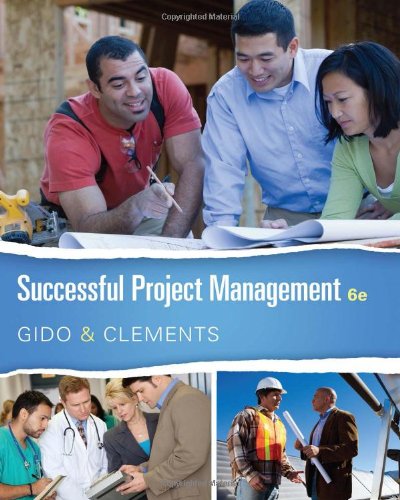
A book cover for Successful Project Management; Jack Gido; Computers & Technology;